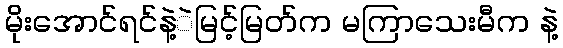
မိုးအောင်ရင်နဲ့ဲမြင့်မြတ်က မကြာသေးမီက နဲ့